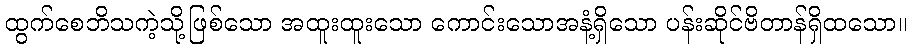
ထွက်စေဘိသကဲ့သို့ဖြစ်သော အထူးထူးသော ကောင်းသောအနံ့ရှိသော ပန်းဆိုင်ဗိတာန်ရှိထသော။